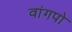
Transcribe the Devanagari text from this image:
वांगपो